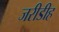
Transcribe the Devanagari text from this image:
जरीडीह